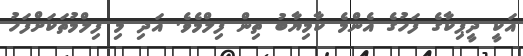
އަކީ ދީޕިކާގެ ފަހުގެ އެންމެ ކާމިޔާބު ތިން ފިލްމެވެ. އަދި މި ފިލްމުތަކަށްފަހު